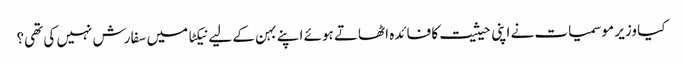
کیا وزیر موسمیات نے اپنی حیثیت کا فائدہ اٹھاتے ہوئے اپنے بہن کے لیے نیکٹا میں سفارش نہیں کی تھی؟